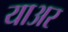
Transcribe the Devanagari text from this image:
याअर